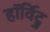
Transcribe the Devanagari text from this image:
हॉर्विट्ज